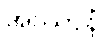
အဿာနံ